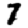
Digit: 7